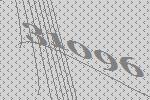
31096